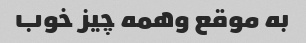
به موقع وهمه چیز خوب